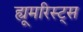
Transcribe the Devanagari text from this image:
ह्यूमरिस्ट्स